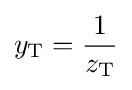
y_{\text{T}}={\frac {1}{z_{\text{T}}}}